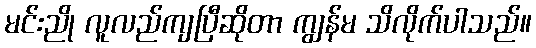
မင်းညို လူလည်ကျပြီဆိုတာ ကျွန်မ သိလိုက်ပါသည်။